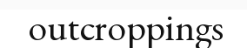
outcroppings